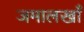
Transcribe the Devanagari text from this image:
जमालखाँ